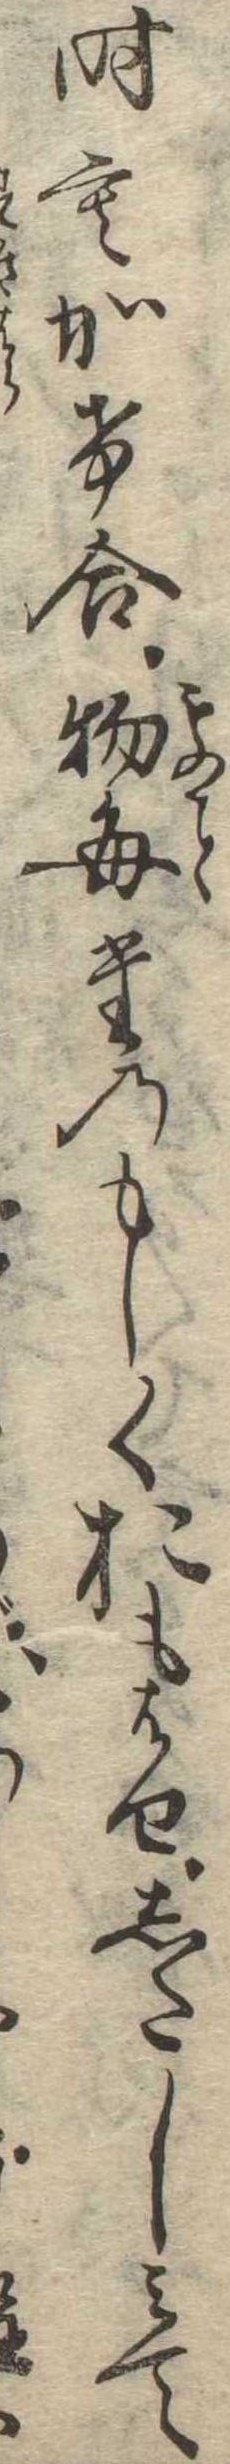
時もかけ合物毎たのもしくおもはせしたしみて